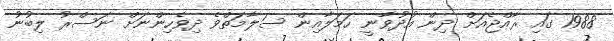
1988 ގައި ރާއްޖެއަށް ދިން އުދުވާނީ ހަމަލާއިން ސަލާމަތްވެ ދިވެހިންނަށް ނަސްރު ލިބުނު